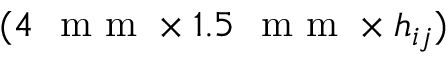
( 4 ~ \mathrm { ~ m ~ m ~ } \times 1 . 5 ~ \mathrm { ~ m ~ m ~ } \times h _ { i j } )